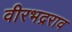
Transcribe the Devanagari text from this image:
वीरभद्रराव